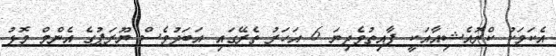
އެކަމަކު ކްރޮއެޝިއާއަކީ ފާއިތުވެދިޔަ 6 އަހަރު ތެރޭގައި އަބަދުވެސް ޔޫރަޕުގެ އެންމް މޮޅު